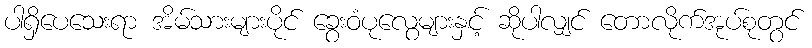
ပါရှိပေသေးရာ အိမ်သားများပိုင် ခွေးဝံပုလွေများနှင့် ဆိုပါလျှင် တောလိုက်အုပ်စုတွင်